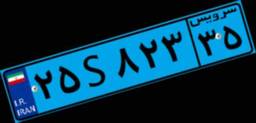
۲۵S۸۲۳۳۵